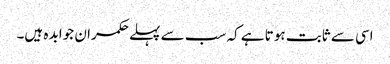
اسی سے ثابت ہوتا ہے کہ سب سے پہلے حکمران جوابد ہ ہیں۔